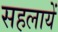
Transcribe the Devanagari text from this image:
सहलायें